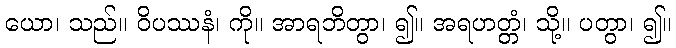
ယော၊ သည်။ ဝိပဿနံ၊ ကို။ အာရဘိတွာ၊ ၍။ အရဟတ္တံ၊ သို့။ ပတွာ၊ ၍။